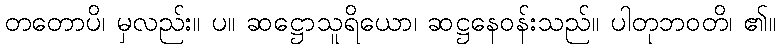
တတောပိ၊ မှလည်း။ ပ။ ဆဋ္ဌောသူရိယော၊ ဆဋ္ဌနေဝန်းသည်။ ပါတုဘဝတိ၊ ၏။